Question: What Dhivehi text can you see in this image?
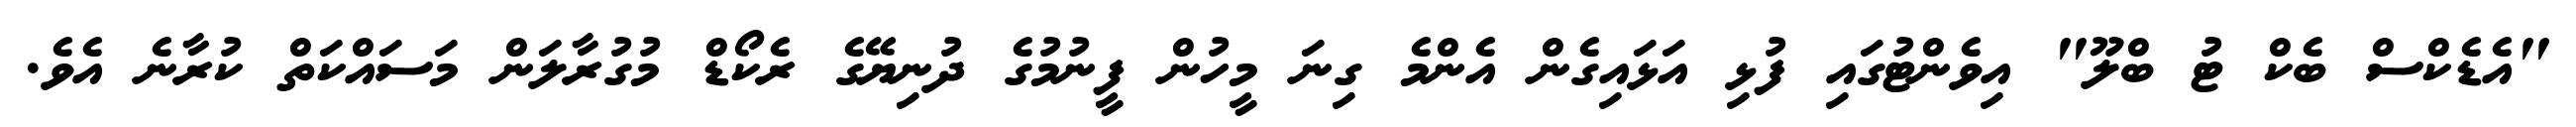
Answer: "އެޑެކްސް ބެކް ޓު ބްލޫ" އިވެންޓުގައި ފުޅި އަޅައިގެން އެންމެ ގިނަ މީހުން ފީނުމުގެ ދުނިޔޭގެ ރެކޯޑް މުގުރާލަން މަސައްކަތް ކުރާނެ އެވެ.